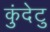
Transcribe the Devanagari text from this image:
कुंदेटु